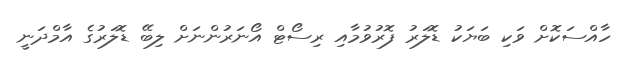
ހާއްސަކޮށް ވަކި ބަޔަކު ޑޮލަރު ފޮރުވުމާއި ރިސޯޓް އޯނަރުންނަށް ލިބޭ ޑޮލަރުގެ އާމްދަނީ